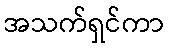
အသက်ရှင်ကာ